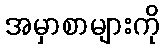
အမှာစာများကို